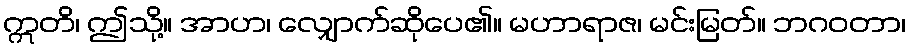
ဣတိ၊ ဤသို့။ အာဟ၊ လျှောက်ဆိုပေ၏။ မဟာရာဇ၊ မင်းမြတ်။ ဘဂဝတာ၊